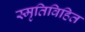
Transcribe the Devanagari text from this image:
स्मृतिविहित